Indian journal of veterinary science and animal husbandry - Volume 4,
Year: 1934
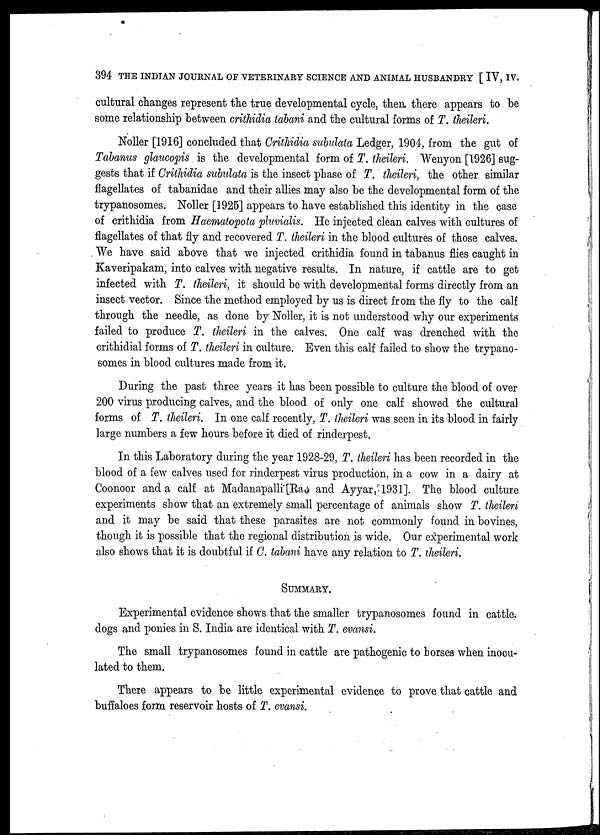
394 THE INDIAN JOURNAL OF VETERINARY SCIENCE AND ANIMAL HUSBANDRY [ IV, IV.
cultural changes represent the true developmental cycle, then there appears to be
some relationship between crithidia tabani and the cultural forms of T. theileri.
Noller [1916] concluded that Crithidia subulata Ledger, 1904, from the gut of
Tabanus glaucopis is the developmental form of T. theileri. Wenyon [1926] sug-
gests that if Crithidia subulata is the insect phase of T. theileri, the other similar
flagellates of tabanidae and their allies may also be the developmental form of the
trypanosomes. Noller [1925] appears to have established this identity in the case
of crithidia from Haematopota pluvialis. He injected clean calves with cultures of
flagellates of that fly and recovered T. theileri in the blood cultures of those calves.
We have said above that we injected crithidia found in tabanus flies caught in
Kaveripakam, into calves with negative results. In nature, if cattle are to get
infected with T. theileri, it should be with developmental forms directly from an
insect vector. Since the method employed by us is direct from the fly to the calf
through the needle, as done by Noller, it is not understood why our experiments
failed to produce T. theileri in the calves. One calf was drenched with the
crithidial forms of T. theileri in culture. Even this calf failed to show the trypano-
somes in blood cultures made from it.
During the past three years it has been possible to culture the blood of over
200 virus producing calves, and the blood of only one calf showed the cultural
forms of T. theileri. In one calf recently, T. theileri was seen in its blood in fairly
large numbers a few hours before it died of rinderpest.
In this Laboratory during the year 1928-29, T. theileri has been recorded in the
blood of a few calves used for rinderpest virus production, in a cow in a dairy at
Coonoor and a calf at Madanapalli [Rao and Ayyar,[1931]. The blood culture
experiments show that an extremely small percentage of animals show T. theileri
and it may be said that these parasites are not commonly found in bovines,
though it is possible that the regional distribution is wide. Our experimental work
also shows that it is doubtful if C. tabani have any relation to T. theileri.
SUMMARY.
Experimental evidence shows that the smaller trypanosomes found in cattle.
dogs and ponies in S. India are identical with T. evansi.
The small trypanosomes found in cattle are pathogenic to horses when inocu-
lated to them.
There appears to be little experimental evidence to prove that cattle and
buffaloes form reservoir hosts of T. evansi.